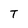
Character: T